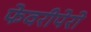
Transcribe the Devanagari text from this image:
फेवरीपेरो